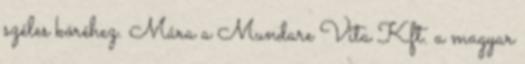
széles köréhez. Mára a Mundare Vita Kft. a magyar